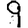
Digit: 9